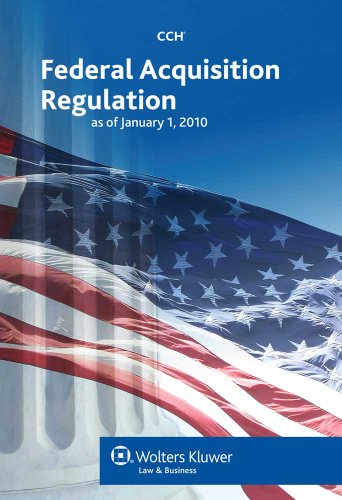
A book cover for Federal Acquisition Regulation (FAR) as of 01/2010; CCH Editorial Staff; Law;